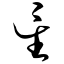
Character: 星